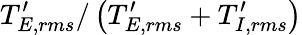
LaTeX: T_{E,rms}^{\prime}/\left(T_{E,rms}^{\prime}+T_{I,rms}^{\prime}\right)